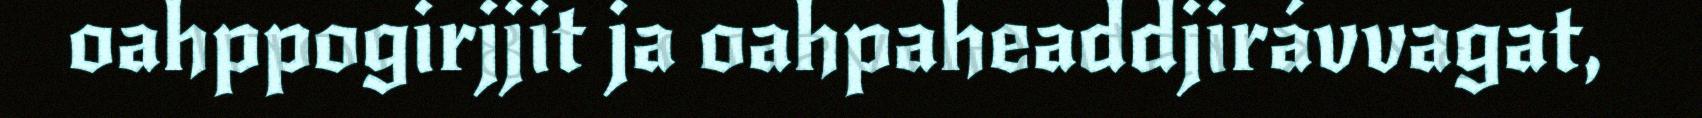
oahppogirjjit ja oahpaheaddjirávvagat,